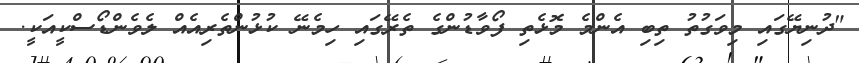
"ދުނިޔޭގައި މިވަގުތު ތިބި އެންމެ މޮޅެތި ފޯވާޑުންގެ ތެރޭގައި ހިމެނޭ ކުޅުންތެރިއެއް ލެވެންޑޯސްކީއަކީ.